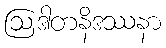
ဩဒါတနိဒဿနာ